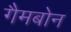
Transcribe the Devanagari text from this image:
गैमबोन